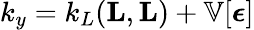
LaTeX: k_{y}=k_{L}(\textbf{L},\textbf{L})+\mathbb{V}[\boldsymbol{\epsilon}]